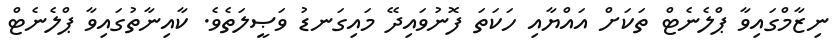
ނިޒާމްގައިވާ ޕްލެނެޓް ތަކަށް އައްޔާއި ހަކަތަ ފޮނުވައިދޭ މައިގަނޑު ވަޞީލަތެވެ. ކާއިނާތުގައިވާ ޕްލެނެޓް